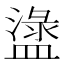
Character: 𥂖